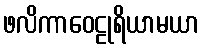
ဖလိကာဝေဠုရိယာမယာ